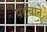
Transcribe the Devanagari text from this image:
पहँचाने